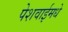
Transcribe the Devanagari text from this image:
पेशवाईमधे